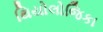
થિયોલોજિકા